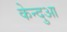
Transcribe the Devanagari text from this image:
केन्‍दुआ